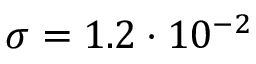
\sigma = 1 . 2 \cdot 1 0 ^ { - 2 }